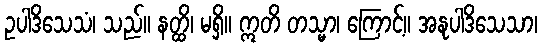
ဥပါဒိသေသံ၊ သည်။ နတ္ထိ၊ မရှိ။ ဣတိ တသ္မာ၊ ကြောင့်။ အနုပါဒိသေသာ၊